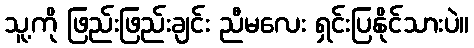
သူ့ကို ဖြည်းဖြည်းချင်း ညီမလေး ရှင်းပြနိုင်သားပဲ။